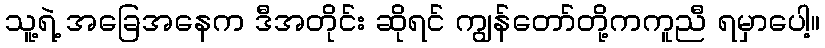
သူ့ရဲ့ အခြေအနေက ဒီအတိုင်း ဆိုရင် ကျွန်တော်တို့ကကူညီ ရမှာပေါ့။